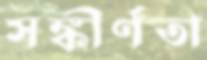
সঙ্কীর্ণতা